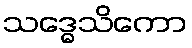
သဒ္ဓေသိကော